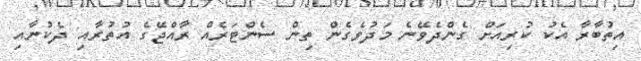
އިތުބާރާ އެކު ކުރިއަށް ގެންދެވޭނެ މަދުވެގެން ތިން ސެންޓަރެއް ރާއްޖޭގެ އުތުރާއި ދެކުނާއި